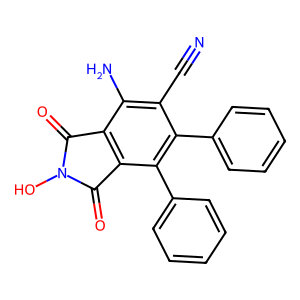
SMILES: N#Cc1c(N)c2c(c(-c3ccccc3)c1-c1ccccc1)C(=O)N(O)C2=O
Inhibits HIV replication: No